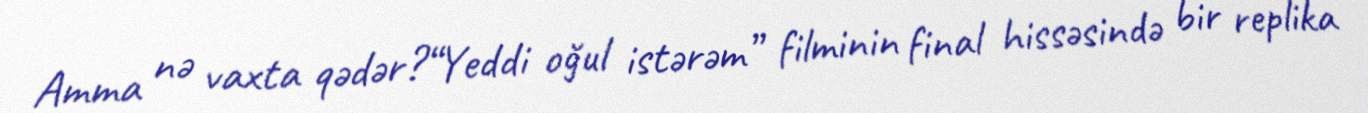
Amma nə vaxta qədər?“Yeddi oğul istərəm” filminin final hissəsində bir replika